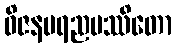
ဝိဇနမရညမဿိတော